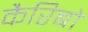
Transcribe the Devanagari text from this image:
कैरिबो